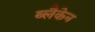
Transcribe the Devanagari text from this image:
ब्लैकेन